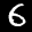
Label: 6